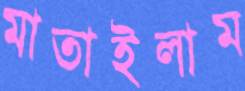
মাতাইলাম